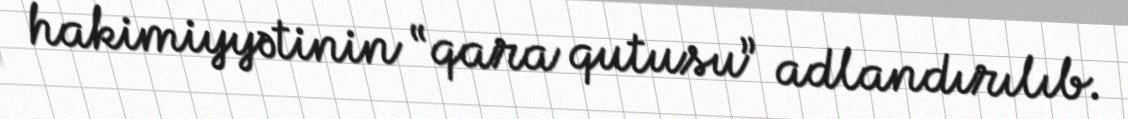
hakimiyyətinin “qara qutusu” adlandırılıb.